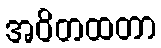
အဝိတထတာ